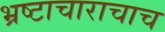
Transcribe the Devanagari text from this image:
भ्रष्टाचाराचाच